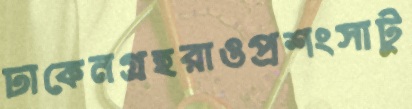
ঢাকেনগ্রহরাওপ্রশংসাটু